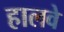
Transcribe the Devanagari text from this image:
हालवे